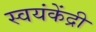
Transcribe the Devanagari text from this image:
स्वयंकेंद्री